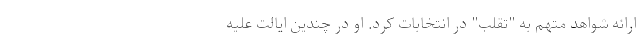
ارائه شواهد متهم به "تقلب" در انتخابات کرد. او در چندین ایالت علیه